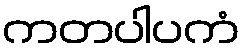
ကတပါပကံ